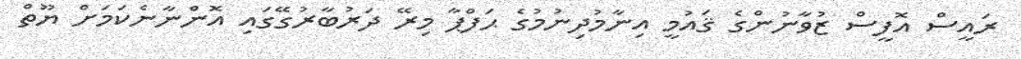
ރައީސް އޮފީސް ޒުވާނުންގެ ޤައުމީ އިނާމުދިނުމުގެ ޙަފްޕާ މިރޭ ދަރުބާރުގޭގައި އޮންނާނެކަމަށް ޔޫތް